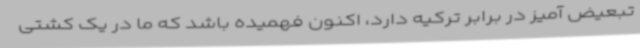
تبعیض آمیز در برابر ترکیه دارد، اکنون فهمیده باشد که ما در یک کشتی